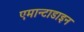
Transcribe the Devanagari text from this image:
एमान्टाडाइन